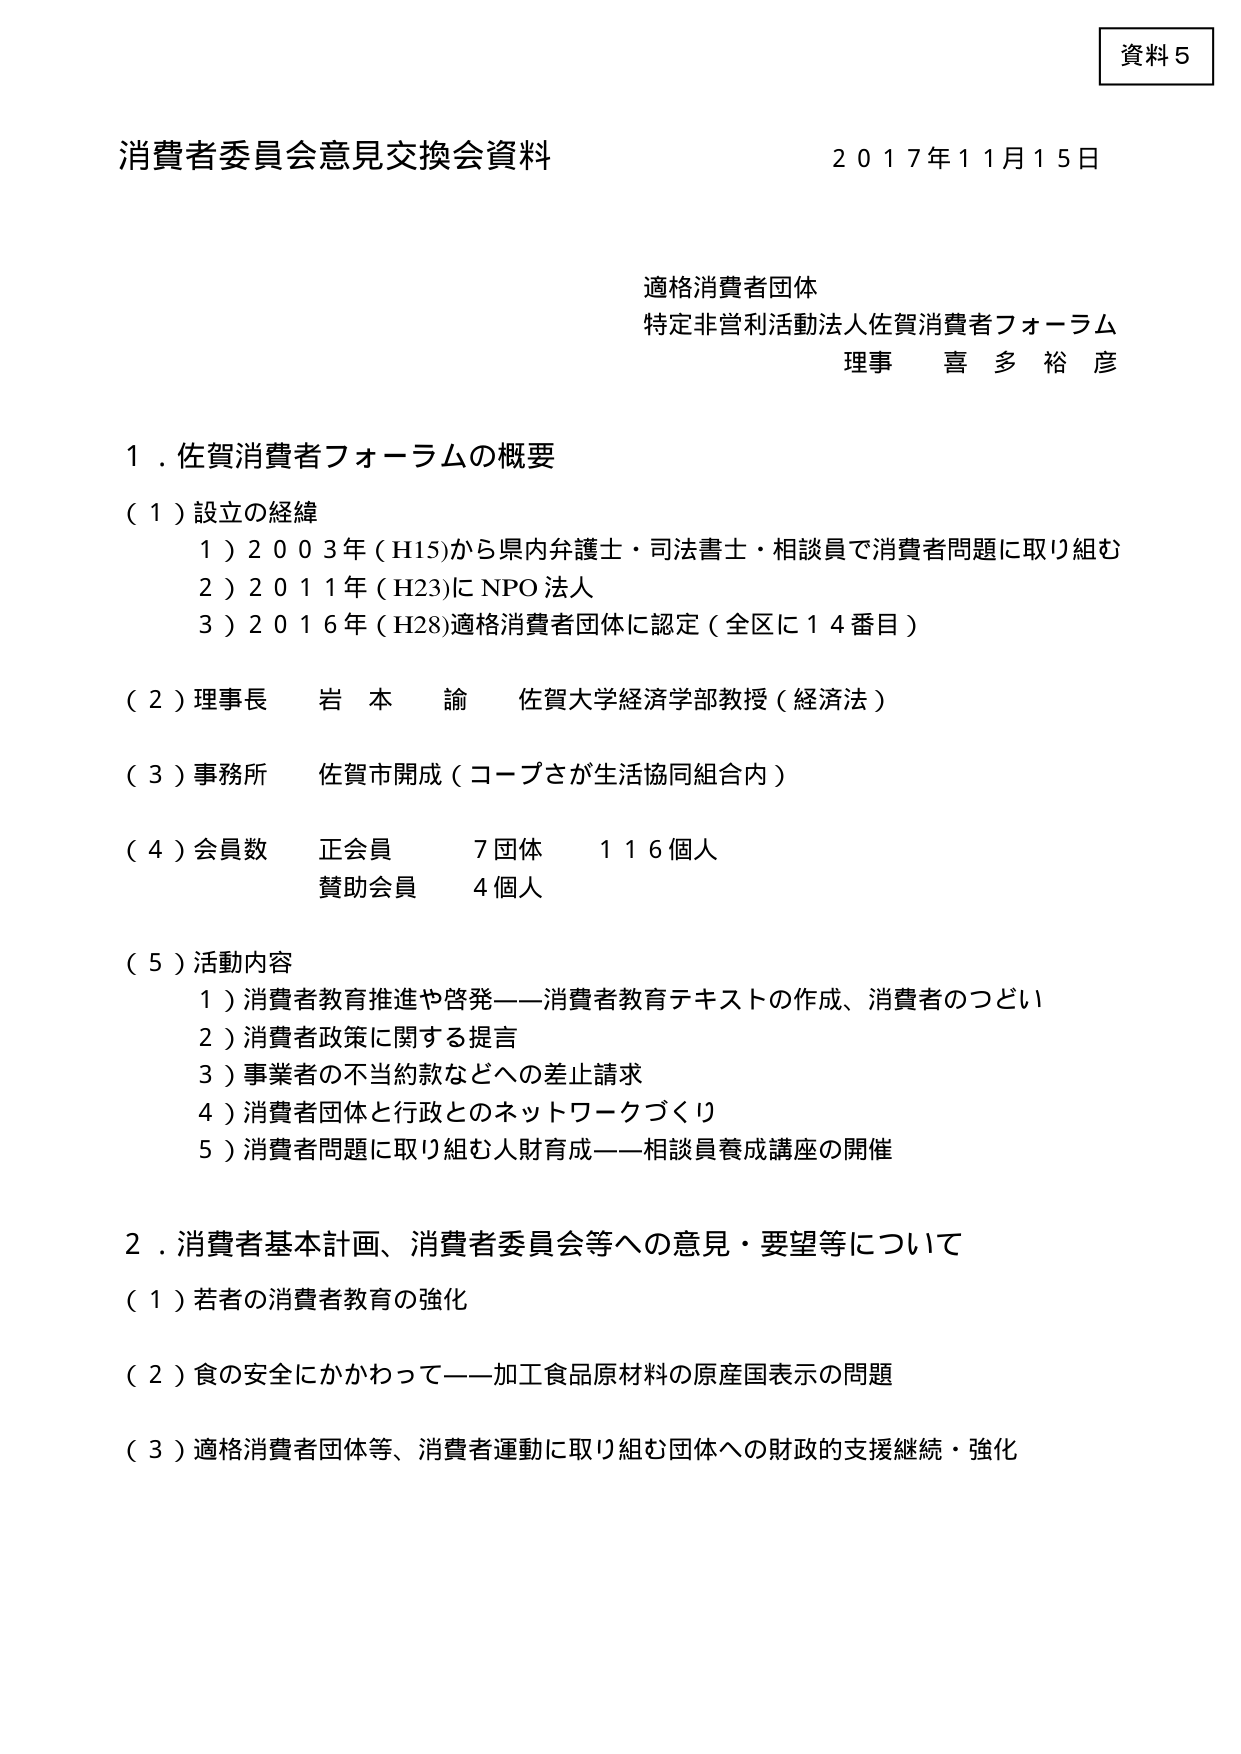
資料５

消費者委員会意見交換会資料　　　　　　　　　　　　　　　　　２０１７年１１月１５日

適格消費者団体
特定非営利活動法人佐賀消費者フォーラム
理事　喜多裕彦

１．佐賀消費者フォーラムの概要

（１）設立の経緯
　１）２００３年（Ｈ15）から県内弁護士・司法書士・相談員で消費者問題に取り組む
　２）２０１１年（Ｈ23）にＮＰＯ法人
　３）２０１６年（Ｈ28）適格消費者団体に認定（全区に１４番目）

（２）理事長　岩本諭　佐賀大学経済学部教授（経済法）

（３）事務所　佐賀市開成（コープさが生活協同組合内）

（４）会員数
　正会員　７団体　１１６個人
　賛助会員　４個人

（５）活動内容
　１）消費者教育推進や啓発――消費者教育テキストの作成、消費者のつどい
　２）消費者政策に関する提言
　３）事業者の不当約款などへの差止請求
　４）消費者団体と行政とのネットワークづくり
　５）消費者問題に取り組む人財育成――相談員養成講座の開催

２．消費者基本計画、消費者委員会等への意見・要望等について

（１）若者の消費者教育の強化

（２）食の安全にかかわって――加工食品原材料の原産国表示の問題

（３）適格消費者団体等、消費者運動に取り組む団体への財政的支援継続・強化